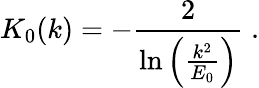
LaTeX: K_{0}(k)=-\frac{2}{\mathrm{ln}\left(\frac{k^{2}}{E_{0}}\right)}\; .